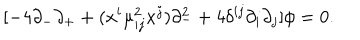
[ - 4 \partial _ { - } \partial _ { + } + ( x ^ { i } \mu _ { i j } ^ { 2 } x ^ { j } ) \partial _ { - } ^ { 2 } + 4 \delta ^ { i j } \partial _ { i } \partial _ { j } ] \phi = 0 .